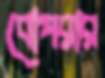
বোপরার